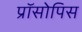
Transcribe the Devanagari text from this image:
प्रॉसोपिस